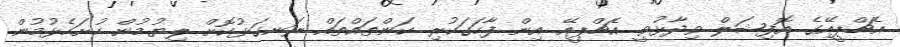
އެޗްޕީއޭގެ އޮފިޝަލް ވިދާޅުވީ އެޗްޕީއޭ އިން ފާހަގަކުރި ކަންތައްތައް ރަނގަޅުކޮށް ލިޔުމުން ހުށަހެޅުމުން